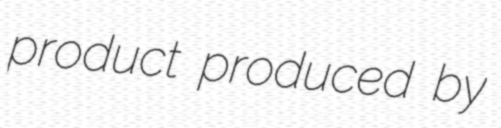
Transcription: product produced by